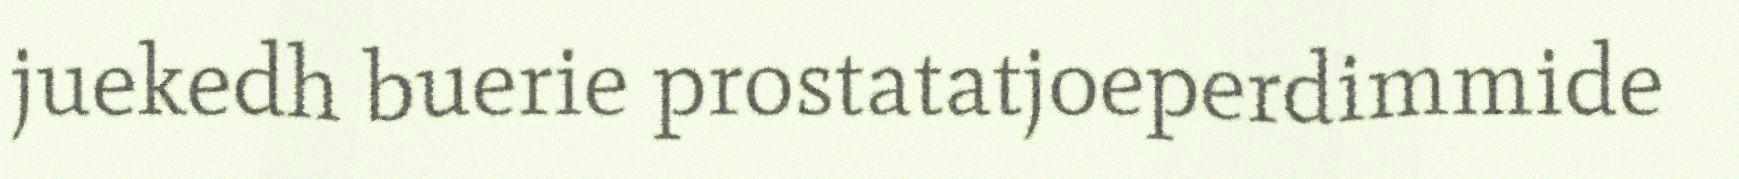
juekedh buerie prostatatjoeperdimmide